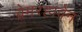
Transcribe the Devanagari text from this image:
ब्रेमरहावेन